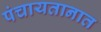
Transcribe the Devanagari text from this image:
पंचायतानात